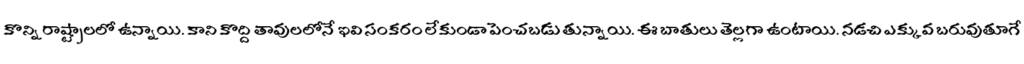
కొన్ని రాష్ట్రాలలో ఉన్నాయి. కాని కొద్ది తావులలోనే ఇవి సంకరం లేకుండా పెంచబడు తున్నాయి. ఈ బాతులు తెల్లగా ఉంటాయి. నడచి ఎక్కువ బరువుతూగే